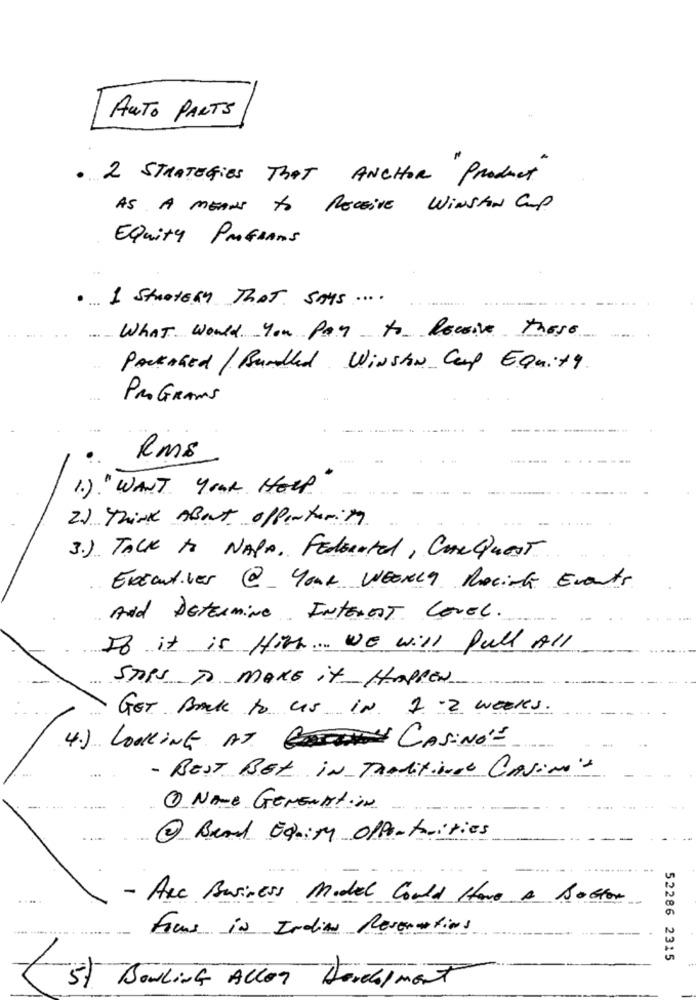
AUTO PARTS
2 STRATEGIES That ANCHOR Product
AS A MEANS to RECEIVE WINSTON Cup.
Equity PROGRAMS
. 1 Strategy THAT says .....
What would You Pay to Receive these
PACKAGEd / Bundled Winston Cup Equity.
PROGRAMS
Rms
1. ) " WANT Your HELP"
2) Think About offentaring
3.) TALK to NAPA, Federated, CARQueST.
Executives @ Your WEONLY Pocit Events
And Determine INTEREST LEVEL.
If it is Hith. We will full All
STOPS TO MAKE it HAPPEN
GET Back to us IN 1 -2 weeks.
4.) LOOKING AT CASINO'-
- BEST Bet in Traditionell Casino's
1 NAVE GENENATION
2 Bread Equity offertaities
- Are Business Model Could Have A Boston
--
Focus in India Revenuations
52286 2315
5) Bowling Alley Dercalment